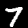
Label: 7